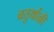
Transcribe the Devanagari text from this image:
चतुर्थोळी